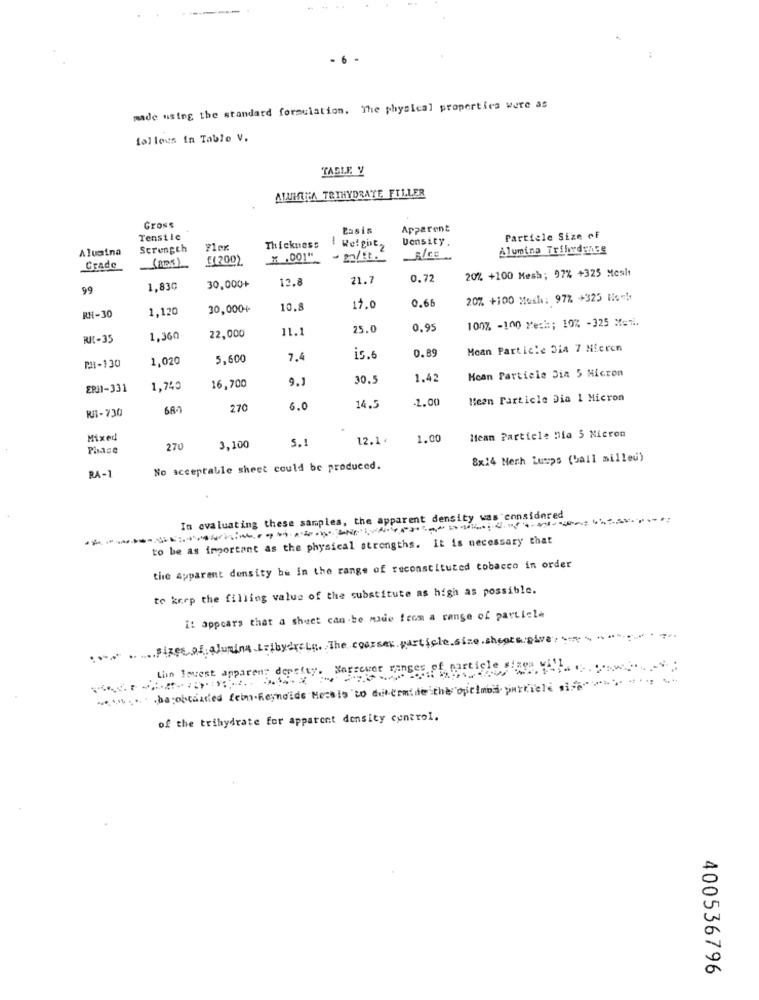
made using the standard formulation. The physical properties were as
follows in Table V.
TABLE Y
ALUMTICA TRIHYDRATE FILLER
Gross
Basis
Apparent
Tensile
-
Density.
Particle Size of
Alusina
Strength
Thickness
Weight
Alumina Tribvdanse
£1200).
¥ ,001"
- p/ Et.
Grade
12.8
21.7
0.72
20% +100 Mesh; 97% +325 Meslı
99
1,830
30.000+
0,66
20% +100 Mosh: 97% +325 How!
1,120
30,000+
10.8
17.0
RH-30
100% -100 yeri; 10% -325 Men ..
11.
25.0
0.95
RI-35
1,360
22,000
0.89
Moan Particle Din 7 Nieren
PH-130
1,020
5,600
7.4
15.6
Hoan Particle Dia 5 Micron
9.1
30.5
1.42
ERA1-331
1,740
16,700
2.00
Heen Particle Dia 1 Micron
270
6.0
14.5
RI1-730
Mean Particle Dia 5 Micron
Mixed
5.1
12.1
1.00
Phase
270
3.100
8x14 Nech Lumps (ball milleu)
No acceptable sheet could be produced.
RA-1
In evaluating these samples, the apparent density was considered
-
to be as important as the physical strengths. It is necessary that
the apparent density be in the range of reconstituted tobacco in order
to keep the filling value of the substitute as high as possible.
it appears that a sheet can be made from a range of particle
......... Fizes of alumina izibyexclu. The course particle size.shepte.give:
Lin Invest apparent depelty. Marsever ranges of particle slags villegas
..... . be obtained temn.Reynolds Meseis to determine the optimos particle si
of the trihydrate for apparent density control.
400536796